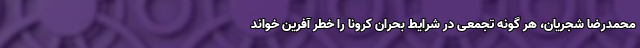
محمدرضا شجریان، هر گونه تجمعی در شرایط بحران کرونا را خطر آفرین خواند